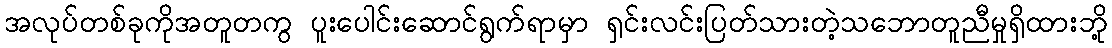
အလုပ်တစ်ခုကိုအတူတကွ ပူးပေါင်းဆောင်ရွက်ရာမှာ ရှင်းလင်းပြတ်သားတဲ့သဘောတူညီမှုရှိထားဘို့